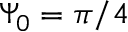
\Psi _ { 0 } = \pi / 4